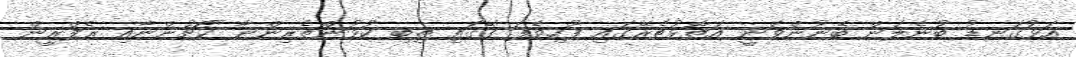
އަޅުގަނޑު ބުނެލަން ބޭނުންވަނީ އަތޮޅުތެރޭގައި ފޫހިވެފަ ގޭގައި ތިބި ކުޅުންތެރިންނާ ކޯޗުންނާއި ރެފްރީން